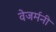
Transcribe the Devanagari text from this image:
वेजर्मनी